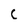
Character: c